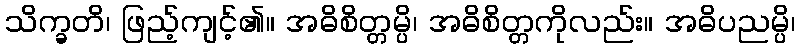
သိက္ခတိ၊ ဖြည့်ကျင့်၏။ အဓိစိတ္တမ္ပိ၊ အဓိစိတ္တကိုလည်း။ အဓိပညမ္ပိ၊